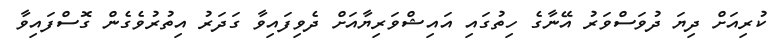
ކުރިއަށް ދިޔަ ދުވަސްވަރު އޭނާގެ ހިތުގައި އައިޝްވަރިޔާއަށް ދެވިފައިވާ ގަދަރު އިތުރުވެގެން ގޮސްފައިވާ